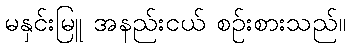
မနှင်းမြူ အနည်းငယ် စဉ်းစားသည်။